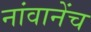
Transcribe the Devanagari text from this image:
नांवानेंच